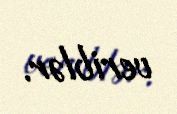
veriblər.